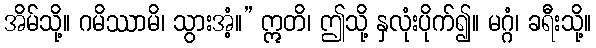
အိမ်သို့။ ဂမိဿာမိ၊ သွားအံ့။” ဣတိ၊ ဤသို့ နှလုံးပိုက်၍။ မဂ္ဂံ၊ ခရီးသို့။